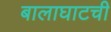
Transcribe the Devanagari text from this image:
बालाघाटची